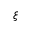
\boldsymbol { \xi }